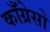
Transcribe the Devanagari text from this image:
काँग्रेसो